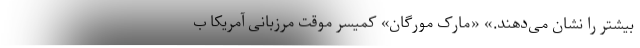
بیشتر را نشان می‌دهند.» «مارک مورگان» کمیسر موقت مرزبانی آمریکا ب